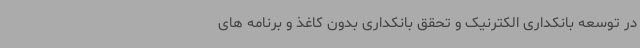
در توسعه بانکداری الکترنیک و تحقق بانکداری بدون کاغذ و برنامه های